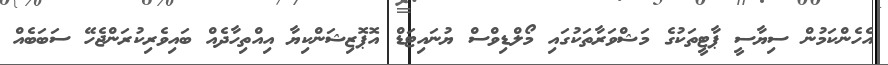
އެހެންކަމުން ސިޔާސީ ޕާޓީތަކުގެ މަޝްވަރާތަކުގައި މޯލްޑިވްސް ޔުނައިޓަޑް އޮޕޮޒިޝަންކިޔާ އިއްތިހާދެއް ބައިވެރިކުރަންޖެހޭ ސަބަބެއް